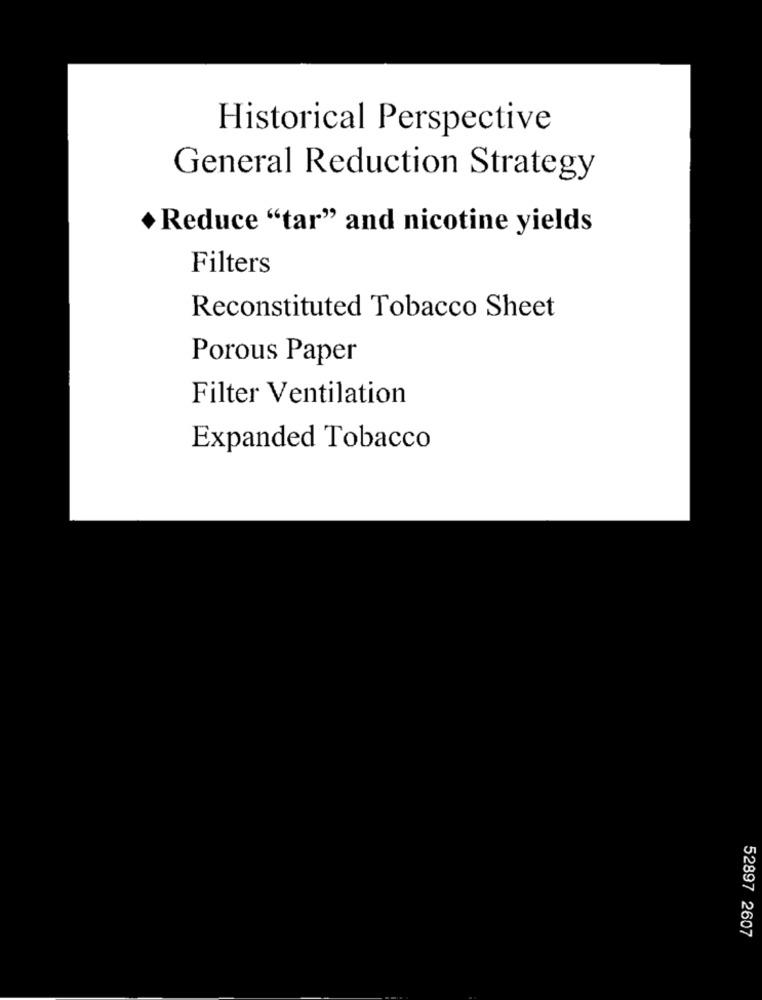
Historical Perspective
General Reduction Strategy
+ Reduce "tar" and nicotine yields
Filters
Reconstituted Tobacco Sheet
Porous Paper
Filter Ventilation
Expanded Tobacco
52897 2607